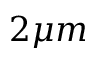
2 \mu m